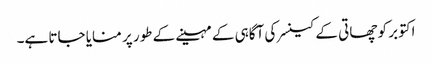
اکتوبر کو چھاتی کے کینسر کی آگاہی کے مہینے کے طور پر منایا جاتا ہے۔